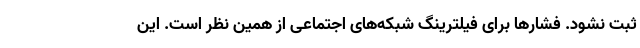
ثبت نشود. فشارها برای فیلترینگ شبکه‌های اجتماعی از همین نظر است. این